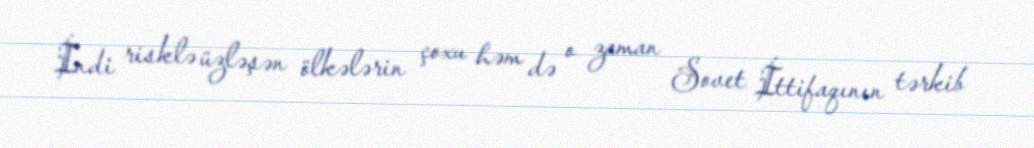
İndi risklə üzləşən ölkələrin çoxu həm də o zaman Sovet İttifaqının tərkib